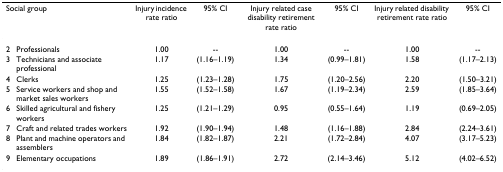
<table><thead><tr><td colspan="2"><b>Social group</b></td><td><b>Injury incidence rate ratio</b></td><td><b>95% CI</b></td><td><b>Injury related case disability retirement rate ratio</b></td><td><b>95% CI</b></td><td><b>Injury related disability retirement rate ratio</b></td><td><b>95% CI</b></td></tr></thead><tbody><tr><td>2</td><td>Professionals</td><td>1.00</td><td>--</td><td>1.00</td><td>--</td><td>1.00</td><td>--</td></tr><tr><td>3</td><td>Technicians and associate professional</td><td>1.17</td><td>(1.16–1.19)</td><td>1.34</td><td>(0.99–1.81)</td><td>1.58</td><td>(1.17–2.13)</td></tr><tr><td>4</td><td>Clerks</td><td>1.25</td><td>(1.23–1.28)</td><td>1.75</td><td>(1.20–2.56)</td><td>2.20</td><td>(1.50–3.21)</td></tr><tr><td>5</td><td>Service workers and shop and market sales workers</td><td>1.55</td><td>(1.52–1.58)</td><td>1.67</td><td>(1.19–2.34)</td><td>2.59</td><td>(1.85–3.64)</td></tr><tr><td>6</td><td>Skilled agricultural and fishery workers</td><td>1.25</td><td>(1.21–1.29)</td><td>0.95</td><td>(0.55–1.64)</td><td>1.19</td><td>(0.69–2.05)</td></tr><tr><td>7</td><td>Craft and related trades workers</td><td>1.92</td><td>(1.90–1.94)</td><td>1.48</td><td>(1.16–1.88)</td><td>2.84</td><td>(2.24–3.61)</td></tr><tr><td>8</td><td>Plant and machine operators and assemblers</td><td>1.84</td><td>(1.82–1.87)</td><td>2.21</td><td>(1.72–2.84)</td><td>4.07</td><td>(3.17–5.23)</td></tr><tr><td>9</td><td>Elementary occupations</td><td>1.89</td><td>(1.86–1.91)</td><td>2.72</td><td>(2.14–3.46)</td><td>5.12</td><td>(4.02–6.52)</td></tr></tbody></table>